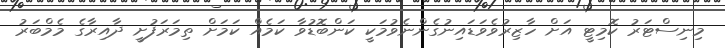
މިނިސްޓަރު ކޮމިޓީ އަށް ހާޒިރުވެވަޑައިނުގެންނެވުމަކީ ކަންބޮޑުވާ ކަމެއް ކަމަށް ތިމަރަފުށީ ދާއިރާގެ މެމްބަރު